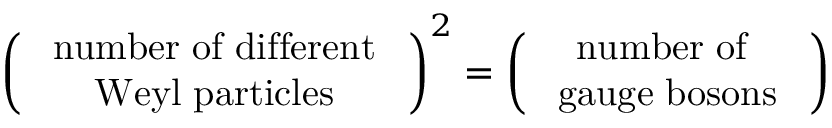
\left( \begin{array} { c } { { \mathrm { { \small ~ n u m b e r ~ o f ~ d i f f e r e n t } ~ } } } \\ { { \mathrm { { \small ~ W e y l ~ p a r t i c l e s } ~ } } } \end{array} \right) ^ { 2 } = \left( \begin{array} { c } { { \mathrm { { \small ~ n u m b e r ~ o f ~ } ~ } } } \\ { { \mathrm { { \small ~ g a u g e ~ b o s o n s } ~ } } } \end{array} \right)